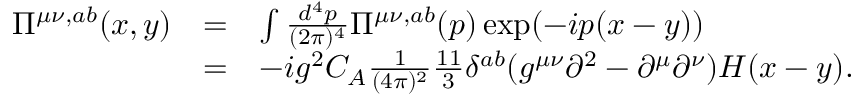
\begin{array} { r l l } { { \Pi ^ { \mu \nu , a b } ( x , y ) } } & { { = } } & { { \int \frac { d ^ { 4 } p } { ( 2 \pi ) ^ { 4 } } \Pi ^ { \mu \nu , a b } ( p ) \exp ( - i p ( x - y ) ) } } \\ { { } } & { { = } } & { { - i g ^ { 2 } C _ { A } \frac 1 { ( 4 \pi ) ^ { 2 } } \frac { 1 1 } { 3 } \delta ^ { a b } ( g ^ { \mu \nu } \partial ^ { 2 } - \partial ^ { \mu } \partial ^ { \nu } ) H ( x - y ) . } } \end{array}